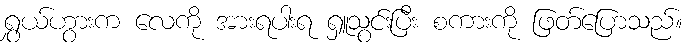
ရွှယ်ဟွားက လေကို အားရပါးရ ရှူသွင်းပြီး စကားကို ဖြတ်ပြောသည်။